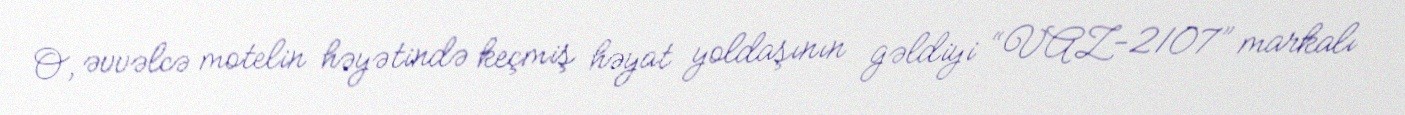
O, əvvəlcə motelin həyətində keçmiş həyat yoldaşının gəldiyi “VAZ-2107” markalı